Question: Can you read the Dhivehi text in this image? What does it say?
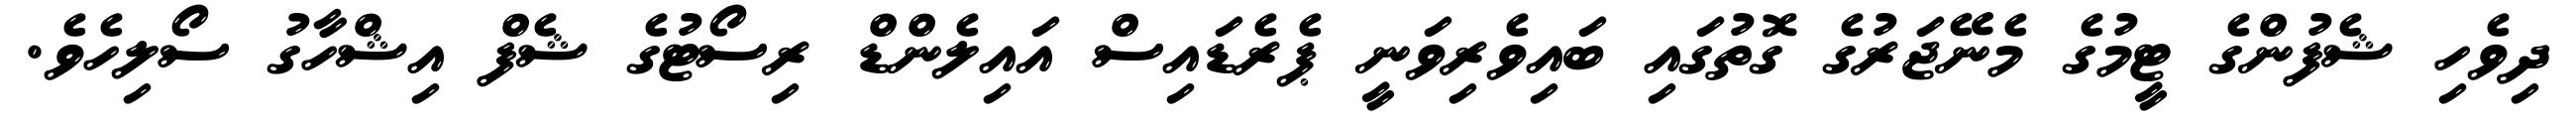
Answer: ދިވެހި ޝެފުންގެ ޓީމުގެ މެނޭޖަރުގެ ގޮތުގައި ބައިވެރިވަނީ ޕެރެޑައިސް އައިލެންޑް ރިސޯޓުގެ ޝެފް އިޝްހާގު ސޯލިހެވެ.